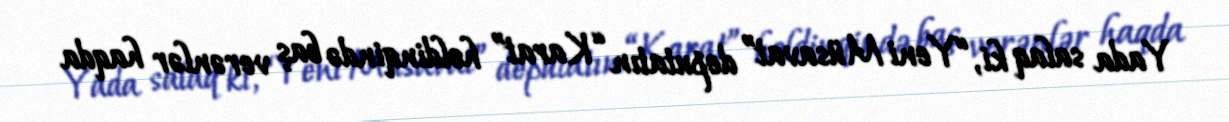
Yada salaq ki, “Yeni Müsavat” deputatın “Karat” holdinqində baş verənlər haqda